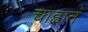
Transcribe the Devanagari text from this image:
चाह्वानं